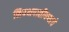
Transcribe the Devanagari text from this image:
निपक्षपातीपणाचे